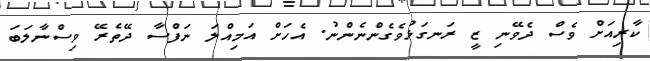
ކާރިއަށް ވެސް ދެވޭނި ޒީ ރަނގަޅުވެގެންނެންނު. އެހަށް އަމިއްލަ ނަފްސާ ދޭތެރޭ ވިސްނާލަބަ